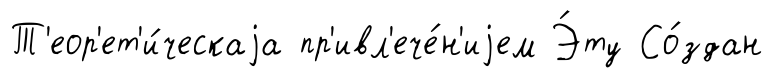
Т'еор'ет'и́ческаjа пр'ивл'ече́н'иjем Э́ту Со́здан